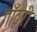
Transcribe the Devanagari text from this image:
गाँठरी